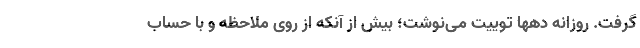
‌گرفت. روزانه دهها توییت می‌نوشت؛ بیش از آنکه از روی ملاحظه و با حساب